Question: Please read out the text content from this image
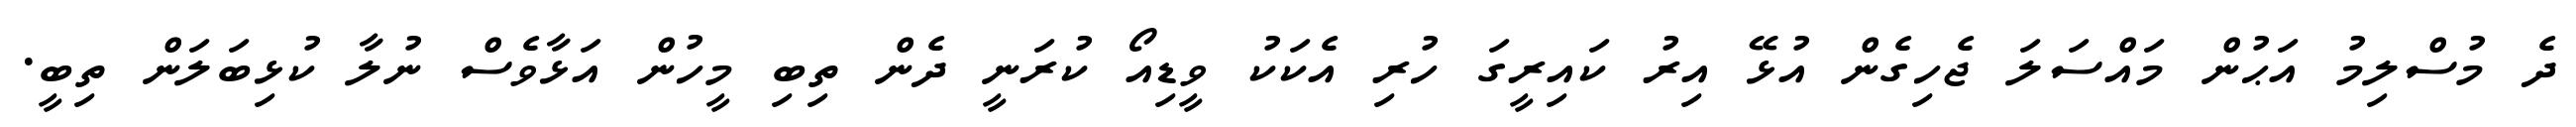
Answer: ދެ މުސްލިމު އަޙުން މައްސަލަ ޖެހިގެން އުޅޭ އިރު ކައިރީގަ ހުރި އެކަކު ވީޑިއޯ ކުރަނީ ދެން ތިބި މީހުން އަޅާވެސް ނުލާ ކުޅިބަލަން ތިބީ.